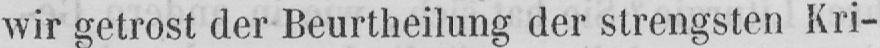
wir getrost der Beurtheilung der strengsten Kri-